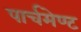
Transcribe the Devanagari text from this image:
पार्चमेण्ट